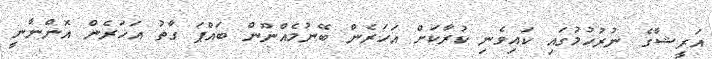
އަރީޝާގެ ނުރުހުމުގައި ކައިވެނި ކުރާކަށް އަހަރެން ބޭނުމެއްނޫން ބައްޕަ ގާތު އަހަރެން އޮންނާނީ